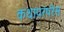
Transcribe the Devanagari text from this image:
कथापरंपरेस